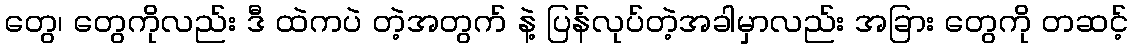
တွေ၊ တွေကိုလည်း ဒီ ထဲကပဲ တဲ့အတွက် နဲ့ ပြန်လုပ်တဲ့အခါမှာလည်း အခြား တွေကို တဆင့်